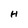
Character: H